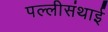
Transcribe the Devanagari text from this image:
पल्‍लीसंथाई